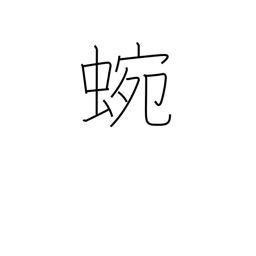
Meaning: meandering